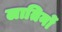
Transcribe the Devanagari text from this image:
लातिनों